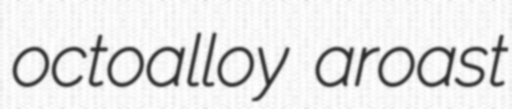
octoalloy aroast